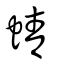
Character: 蜻